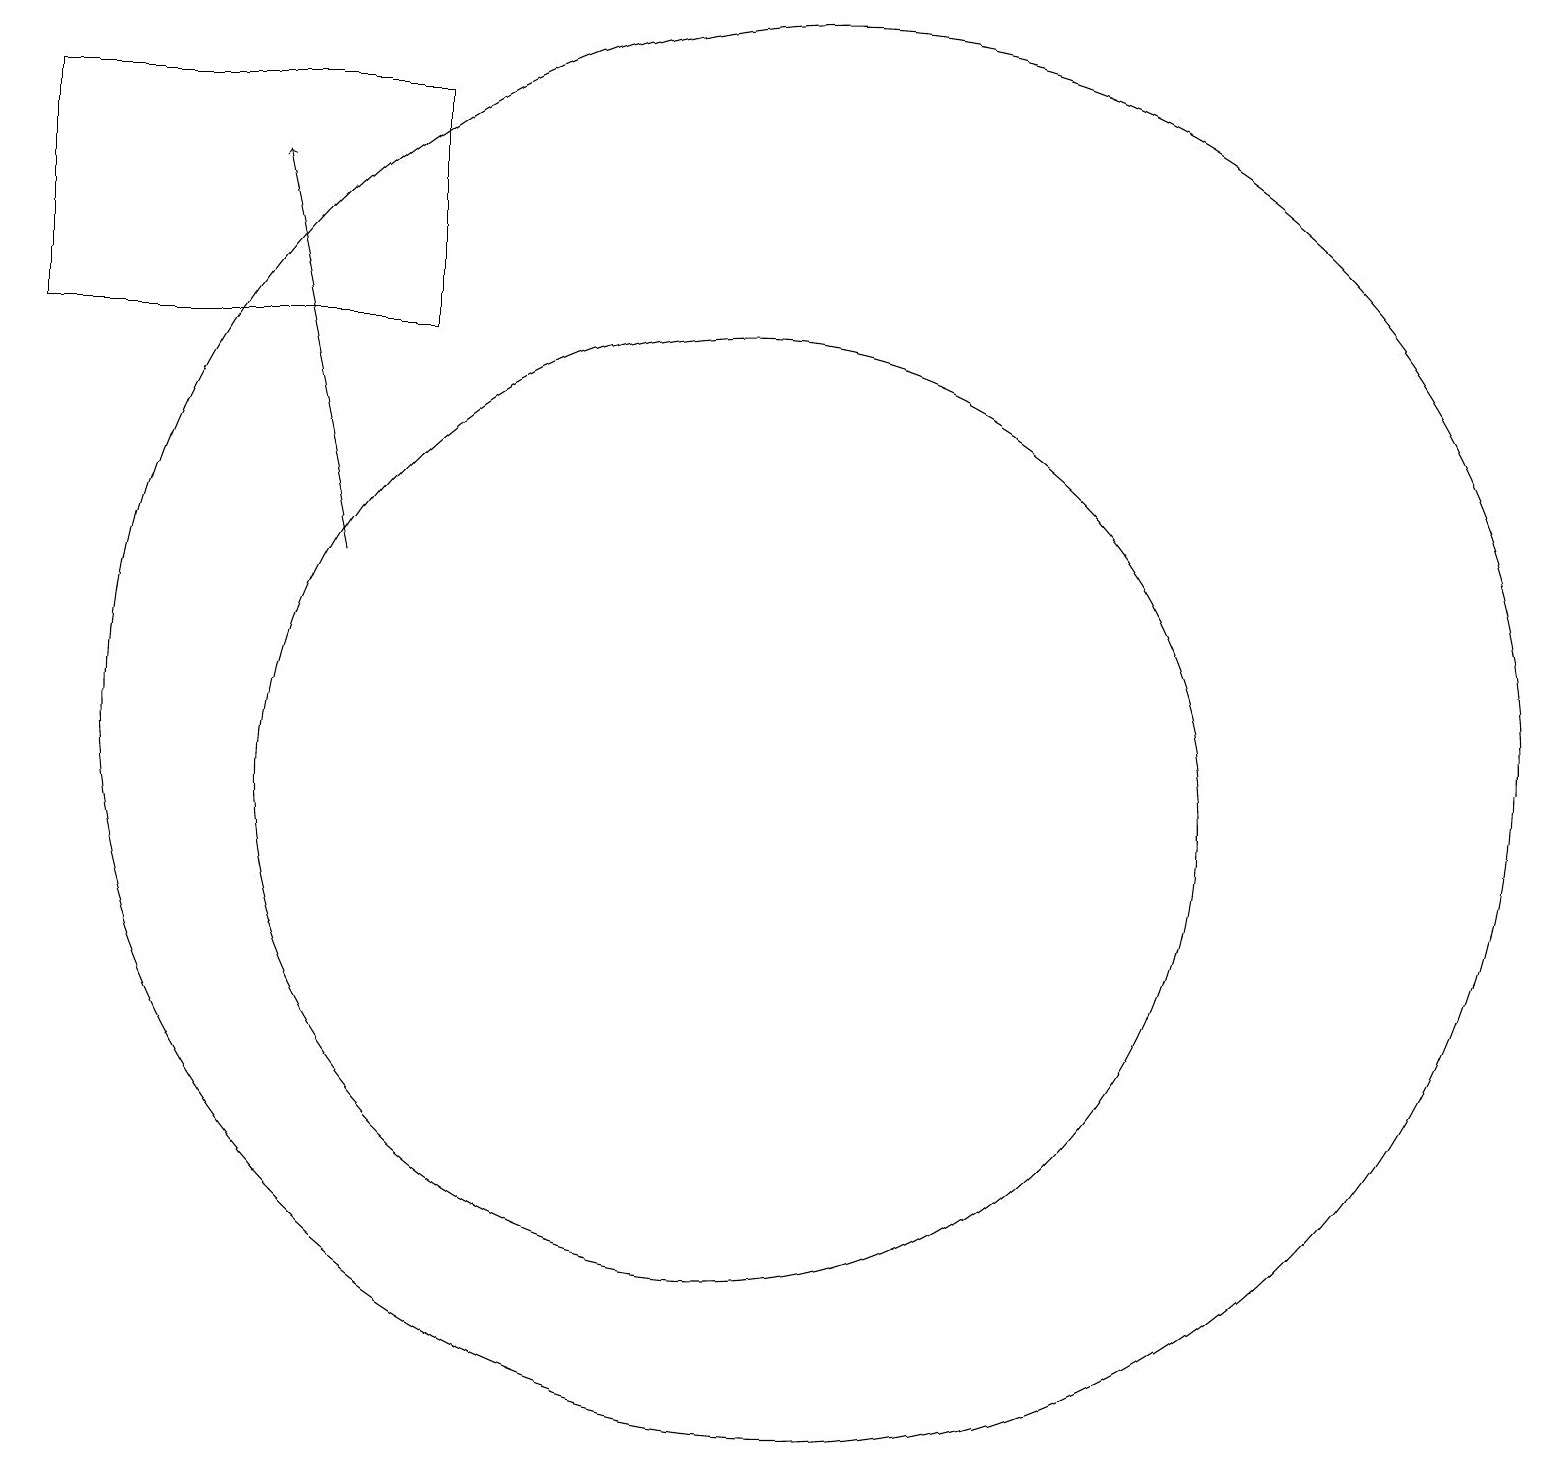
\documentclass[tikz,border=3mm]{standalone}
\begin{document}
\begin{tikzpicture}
\draw (10,10) circle (6);
\draw[->] (5,13) -- (4,18);
\draw (11,11) circle (9);
\draw (6,16) rectangle (1,19);
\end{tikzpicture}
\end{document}